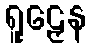
ရူဠှေန